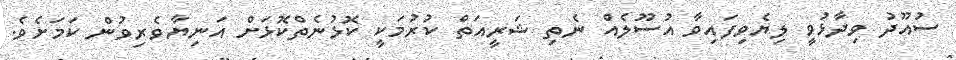
ސުއޫދު ވިދާޅުވީ ލިޔެވިފައިވާ އުސޫލެއް ނެތި ޝަރީއަތް ކުރުމަކީ ކޮޅުނެތްކޮޅަށް އަނިޔާވެރިވުން ކަމަށެވެ.